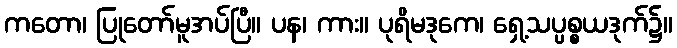
ကတော၊ ပြုတော်မူအပ်ပြီ။ ပန၊ ကား။ ပုရိမဒုကေ၊ ရှေ့သပ္ပစ္စယဒုက်၌။